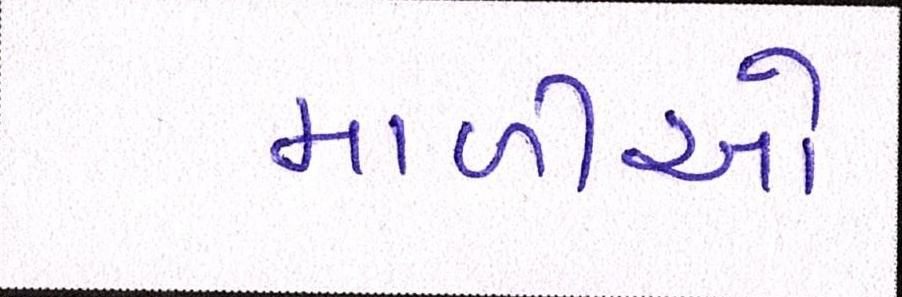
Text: માળીઓ